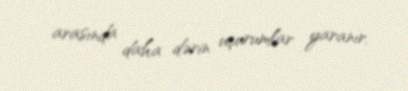
arasında daha dərin uçurumlar yaranır.